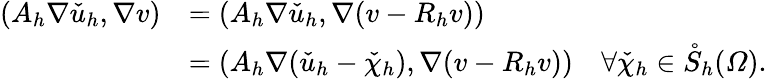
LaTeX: \begin{array}{rl}{(A_{h}\nabla\check{u}_{h},\nabla v)}&{=(A_{h}\nabla\check{u}_{h},\nabla(v-R_{h}v))}\\ &{=(A_{h}\nabla(\check{u}_{h}-\check{\chi}_{h}),\nabla(v-R_{h}v))\quad\forall\check{\chi}_{h}\in\mathring S_{h}(\varOmega).}\end{array}